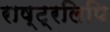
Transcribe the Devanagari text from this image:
राष्ट्रलिपि